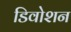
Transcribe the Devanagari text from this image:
डिवोशन